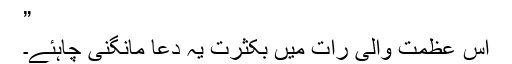
”
اس عظمت والی رات میں بکثرت یہ دعا مانگنی چاہئے۔